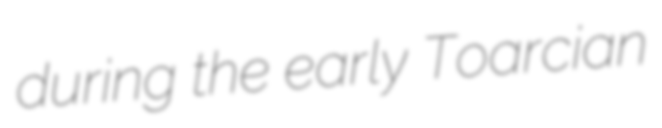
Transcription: during the early Toarcian